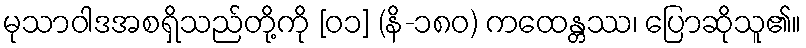
မုသာဝါဒအစရှိသည်တို့ကို [၀၁] (နိ-၁၈၀) ကထေန္တဿ၊ ပြောဆိုသူ၏။